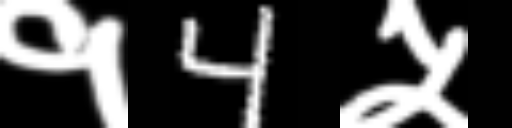
Text: १4५